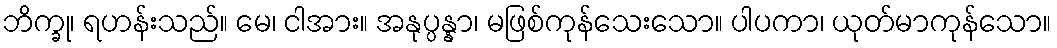
ဘိက္ခု၊ ရဟန်းသည်။ မေ၊ ငါအား။ အနုပ္ပန္နာ၊ မဖြစ်ကုန်သေးသော။ ပါပကာ၊ ယုတ်မာကုန်သော။